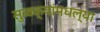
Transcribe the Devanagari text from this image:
सुळक्यांमधल्या